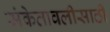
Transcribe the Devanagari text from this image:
संकेतावलीसाठी